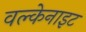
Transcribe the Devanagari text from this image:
वल्केनाइट